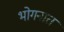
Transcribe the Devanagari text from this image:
भोगनात